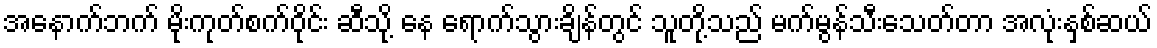
အနောက်ဘက် မိုးကုတ်စက်ဝိုင်း ဆီသို့ နေ ရောက်သွားချိန်တွင် သူတို့သည် မက်မွန်သီးသေတ်တာ အလုံးနှစ်ဆယ်